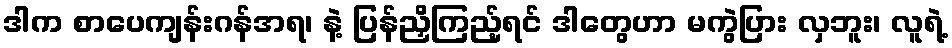
ဒါက စာပေကျန်းဂန်အရ၊ နဲ့ ပြန်ညှိကြည့်ရင် ဒါတွေဟာ မကွဲပြား လှဘူး၊ လူရဲ့